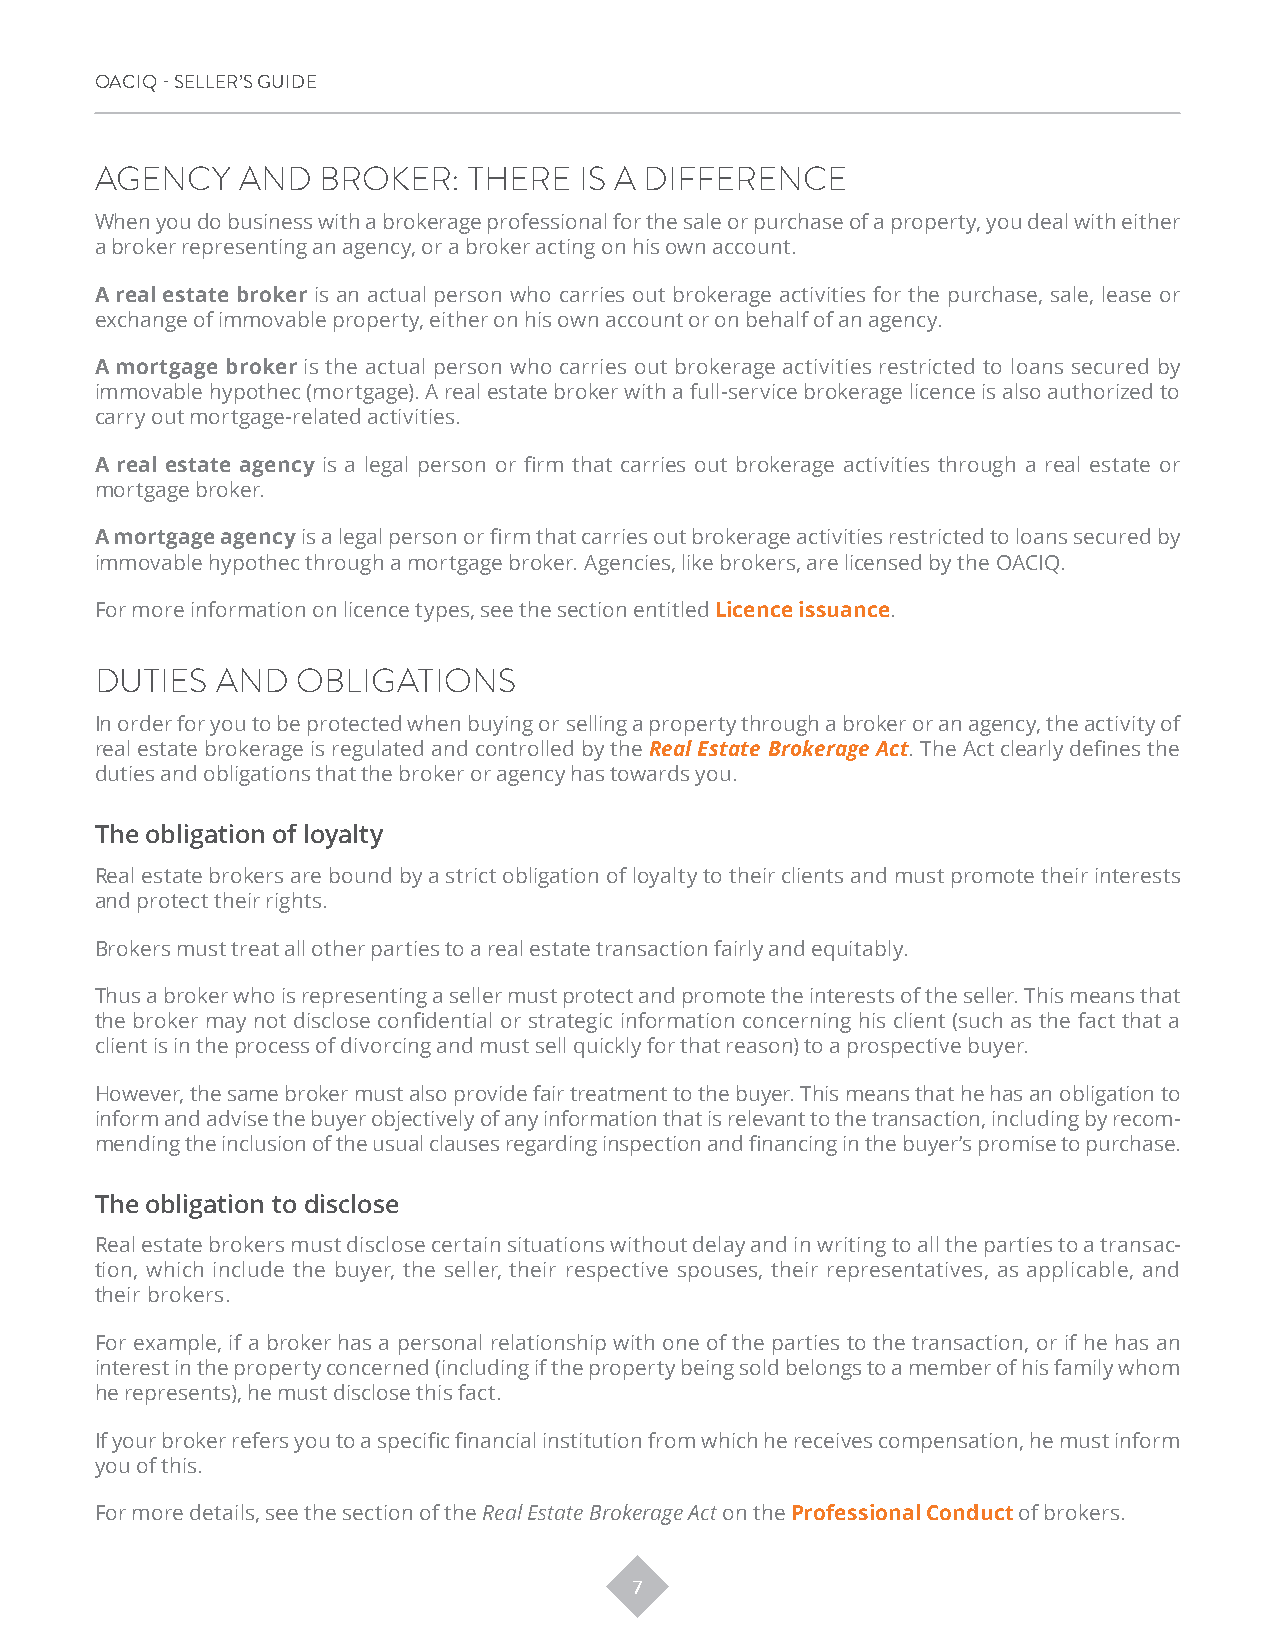
OACIQ - SELLER’S GUIDE
 AGENCY    AND  BROKER:   THERE  IS A DIFFERENCE
 When you do business with a brokerage professional for the sale or purchase of a property, you deal with either
 a broker representing an agency, or a broker acting on his own account.
 A real estate broker is an actual person who carries out brokerage activities for the purchase, sale, lease or
 exchange of immovable property, either on his own account or on behalf of an agency.
 A mortgage broker is the actual person who carries out brokerage activities restricted to loans secured by
 immovable hypothec (mortgage). A real estate broker with a full-service brokerage licence is also authorized to
 carry out mortgage-related activities.
 A real estate agency is a legal person or firm that carries out brokerage activities through a real estate or
 mortgage broker.
 A mortgage agency is a legal person or firm that carries out brokerage activities restricted to loans secured by
 immovable hypothec through a mortgage broker. Agencies, like brokers, are licensed by the OACIQ.
 For more information on licence types, see the section entitled Licence issuance.
 DUTIES  AND   OBLIGATIONS
 In order for you to be protected when buying or selling a property through a broker or an agency, the activity of
 real estate brokerage is regulated and controlled by the Real Estate Brokerage Act. The Act clearly defines the
 duties and obligations that the broker or agency has towards you.
 The obligation of loyalty
 Real estate brokers are bound by a strict obligation of loyalty to their clients and must promote their interests
 and protect their rights.
 Brokers must treat all other parties to a real estate transaction fairly and equitably.
 Thus a broker who is representing a seller must protect and promote the interests of the seller. This means that
 the broker may not disclose confidential or strategic information concerning his client (such as the fact that a
 client is in the process of divorcing and must sell quickly for that reason) to a prospective buyer.
 However, the same broker must also provide fair treatment to the buyer. This means that he has an obligation to
 inform and advise the buyer objectively of any information that is relevant to the transaction, including by recom-
 mending the inclusion of the usual clauses regarding inspection and financing in the buyer’s promise to purchase.
 The obligation to disclose
 Real estate brokers must disclose certain situations without delay and in writing to all the parties to a transac-
 tion, which include the buyer, the seller, their respective spouses, their representatives, as applicable, and
 their brokers.
 For example, if a broker has a personal relationship with one of the parties to the transaction, or if he has an
 interest in the property concerned (including if the property being sold belongs to a member of his family whom
 he represents), he must disclose this fact.
 If your broker refers you to a specific financial institution from which he receives compensation, he must inform
 you of this.
 For more details, see the section of the Real Estate Brokerage Act on the Professional Conduct of brokers.
 7